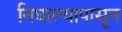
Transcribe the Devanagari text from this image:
निघाल्यापासून